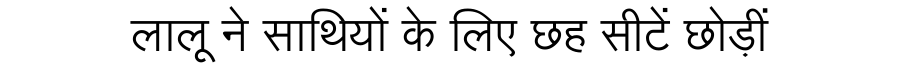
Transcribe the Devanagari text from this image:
लालू ने साथियों के लिए छह सीटें छोड़ीं